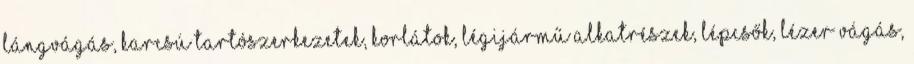
lángvágás, Karcsú tartószerkezetek, Korlátok, Légijármű alkatrészek, Lépcsők, Lézer vágás,